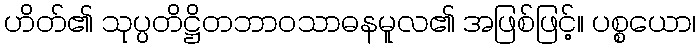
ဟိတ်၏ သုပ္ပတိဋ္ဌိတဘာဝသာဓနမူလ၏ အဖြစ်ဖြင့်။ ပစ္စယော၊